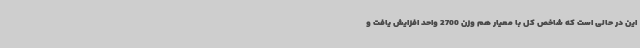
این در حالی است که شاخص کل با معیار هم وزن 2700 واحد افزایش یافت و